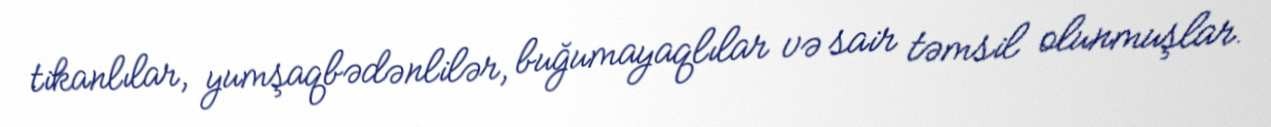
tikanlılar, yumşaqbədənlilər, buğumayaqlılar və sair təmsil olunmuşlar.